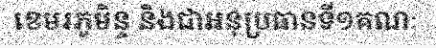
ខេមរភូមិន្ទ និងជាអនុប្រធានទី១គណៈ